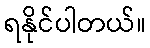
ရနိုင်ပါတယ်။